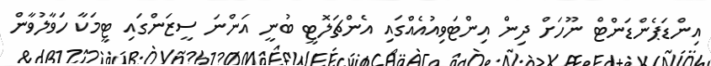
އިންޑަޕެންޑަންޓް ނޫހަށް ދިން އިންޓަވިއުއެއްގައި އެންޗަލޮޓީ ބުނީ އަންނަ ސީޒަންގައި ޓީމަކާ ހަވާލުވާން